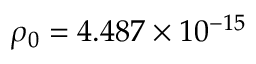
\rho _ { 0 } = 4 . 4 8 7 \times 1 0 ^ { - 1 5 }